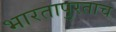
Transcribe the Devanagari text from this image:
भारतापुरताच